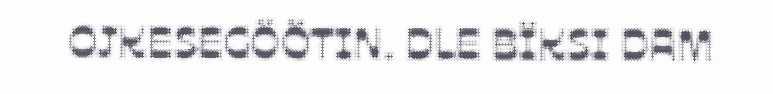
OJKESEGÖÖTIN. DLE BÏKSI DAM